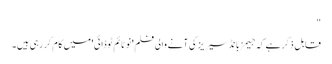
"
قابل ذکر ہے کہ جیمز بانڈ سیریز کی آنے والی فلم 'نو ٹائم ٹو ڈائی'میں کام کر رہی ہیں۔